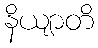
နိယျာတိ